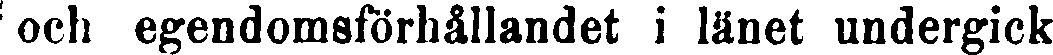
och egendomsförhållandet i länet undergick